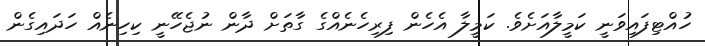
ހުއްޓިފައިވަނީ ކަމީލާއަށެވެ. ކަމީލާ އެހެން ފިރިހެނެއްގެ ގާތަށް ދާން ނުޖެހޭނީ ކިހިނެއް ހަދައިގެން